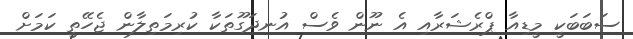
ސަބަބަކީ މީޑިއާ ޕްރެޝަރާއި އެ ނޫން ވެސް އުނދަގޫތަކާ ކުރިމަތިލާން ޖެހޭތީ ކަމަށް